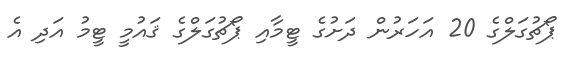
ޕޯޗުގަލްގެ 20 އަހަރުން ދަށުގެ ޓީމާއި ޕޯޗުގަލްގެ ޤައުމީ ޓީމު އަދި އެ